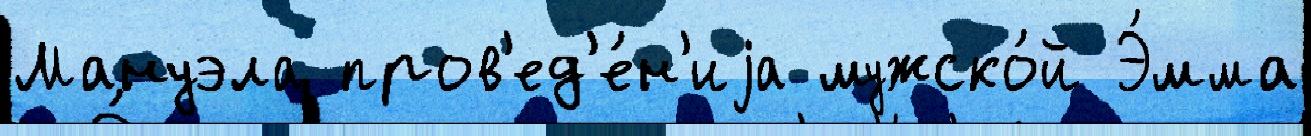
Мануэла пров'ед'е́н'иjа мужско́й Э́мма